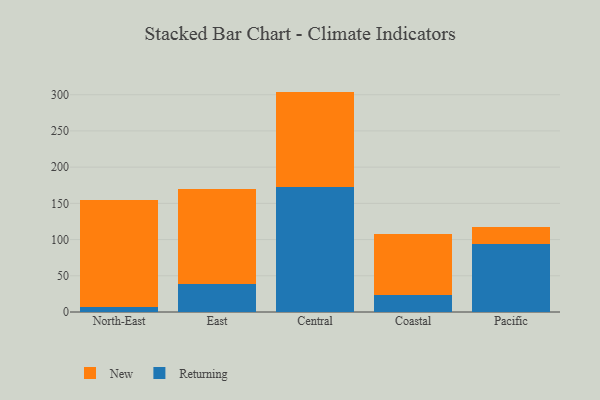
{"axis": {"x": "Region", "y": "Population (Million)"}, "legend": ["New", "Returning"], "data": [{"x": "North-East", "y": 7.4, "type": "Returning"}, {"x": "North-East", "y": 147.5, "type": "New"}, {"x": "East", "y": 38.9, "type": "Returning"}, {"x": "East", "y": 130.8, "type": "New"}, {"x": "Central", "y": 173.2, "type": "Returning"}, {"x": "Central", "y": 131.1, "type": "New"}, {"x": "Coastal", "y": 23.2, "type": "Returning"}, {"x": "Coastal", "y": 84.3, "type": "New"}, {"x": "Pacific", "y": 93.3, "type": "Returning"}, {"x": "Pacific", "y": 23.5, "type": "New"}]}